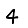
Digit: 4